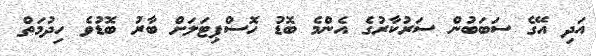
އަދި އޭގެ ސަބަބުން ސަރުކާރުގެ އެންމެ ބޮޑު ހޮސްޕިޓަލަށް ބާރު ބޮޑުވެ ހިދުމަތް